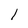
Character: l